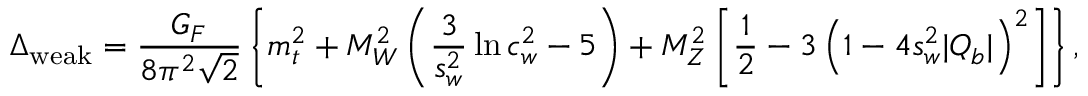
\Delta _ { \mathrm { w e a k } } = { \frac { G _ { F } } { 8 \pi ^ { 2 } \sqrt 2 } } \left\{ m _ { t } ^ { 2 } + M _ { W } ^ { 2 } \left( { \frac { 3 } { s _ { w } ^ { 2 } } } \ln c _ { w } ^ { 2 } - 5 \right) + M _ { Z } ^ { 2 } \left[ { \frac { 1 } { 2 } } - 3 \left( 1 - 4 s _ { w } ^ { 2 } | Q _ { b } | \right) ^ { 2 } \right] \right\} ,